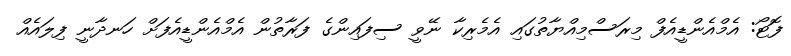
ފޮޓޯ: އެމްއެންޑީއެފް މިރަސްމިއްޔާތުގައި އެމެރިކާ ނޭވީ ސިފައިންގެ ފަރާތުން އެމްއެންޑީއެފަށް ހަނދާނީ ފިލައެއް